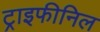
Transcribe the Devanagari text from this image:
ट्राइफीनिल